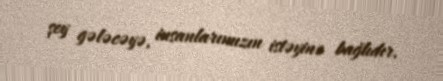
şey gələcəyə, insanlarımızın istəyinə bağlıdır.